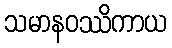
သမာနဝဿိကာယ